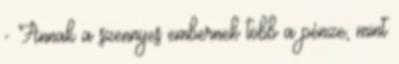
- Annak a szennyes embernek több a pénze, mint